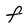
Character: f